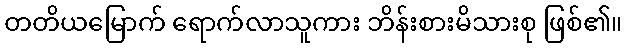
တတိယမြောက် ရောက်လာသူကား ဘိန်းစားမိသားစု ဖြစ်၏။